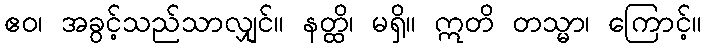
ဧဝ၊ အခွင့်သည်သာလျှင်။ နတ္ထိ၊ မရှိ။ ဣတိ တသ္မာ၊ ကြောင့်။